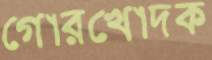
গোরখোদক